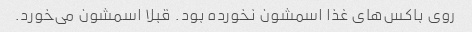
روی باکس‌های غذا اسمشون نخورده بود. قبلا اسمشون می‌خورد.